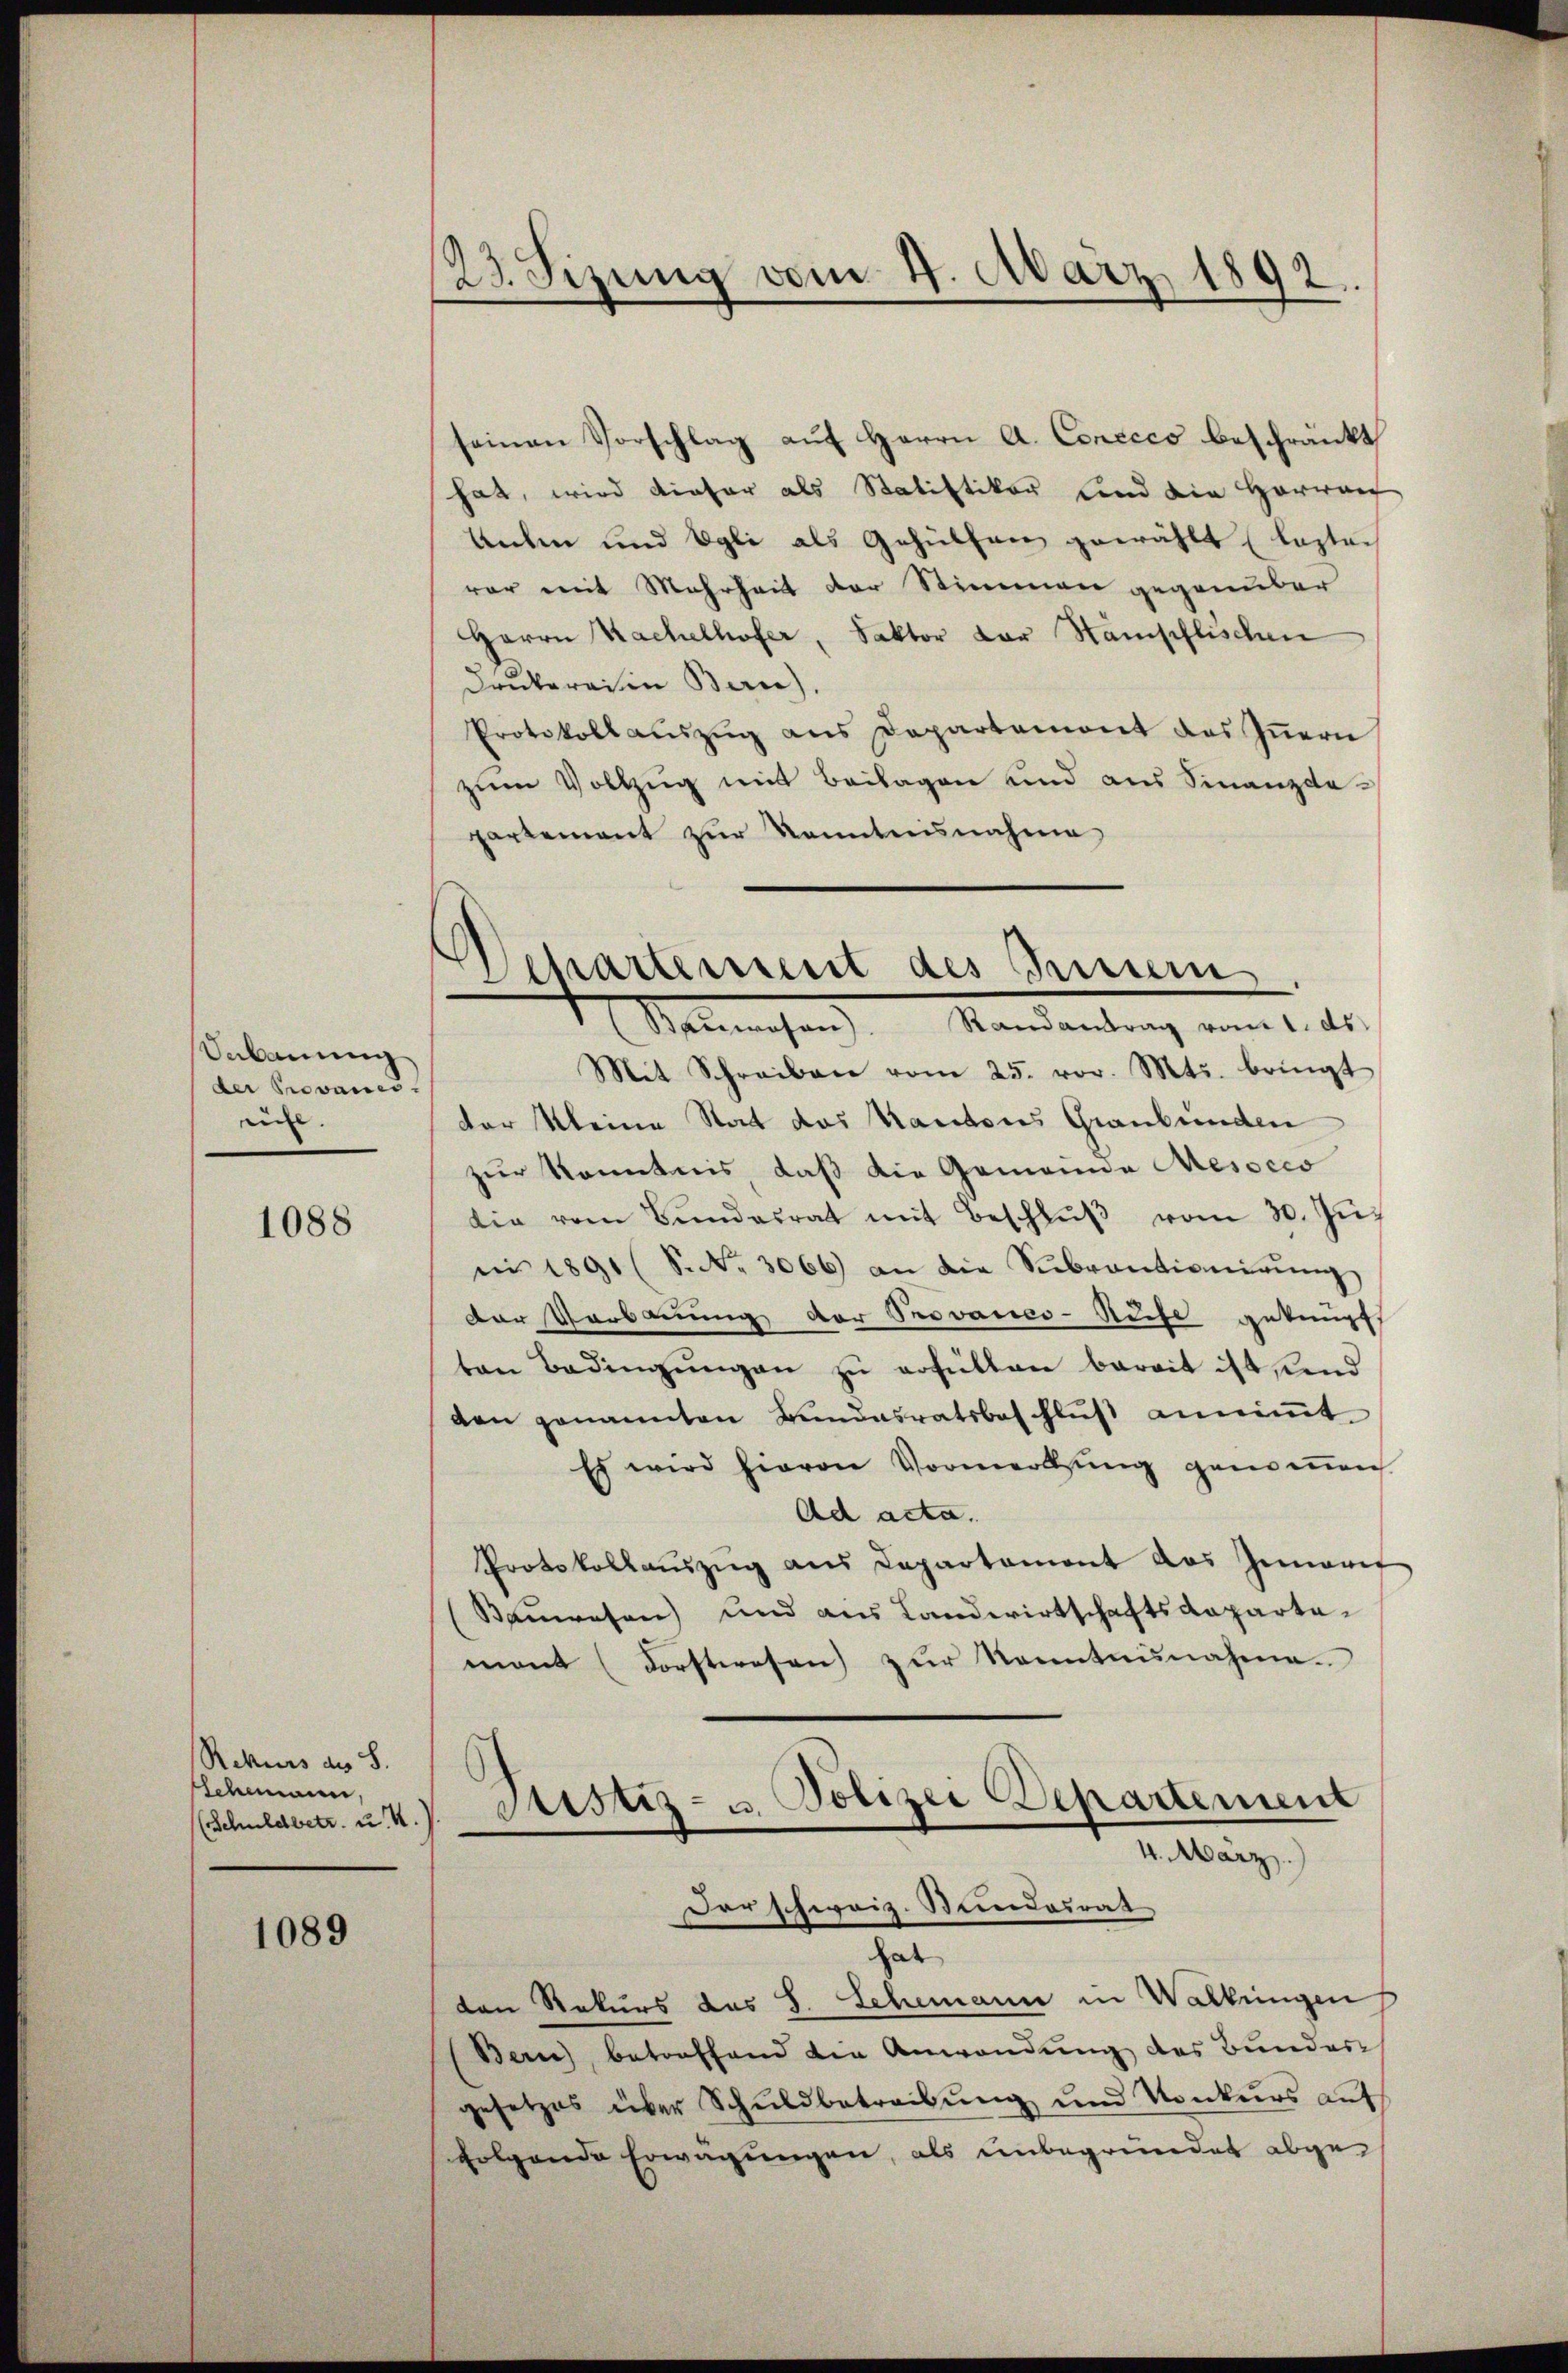
Sabauung
der Provanes.
rüht. |

1088

Rekurs an S.
Eschemann,
((Schuldbetr. u. 4.)

1089

23. Sizung vom 4. März 1892.

seinen Vorschlag auf Herrn A. Conccco beschränkt
hat, wird dieser als Statistiker Land die Horwan
Unten und Egli als Gehülfen gewählt (lasten
rar mit Mehrheit der Stimmen gegenüber
Herrn Kachelhofer, Faktor der Stämpflischen
Drukerei in Bern).
Protokoll aŭszŭg ans Departemont des Iṅern
zum Vollzug mit Beilagen und aus Finanzdepartement zur Kenntnisnahme
Mit Schreiben vom 25. vor. Mts. bringt
der Meine Stat das Kantons Graubünden
zur Kenntnis, daß die Gemeinde Mesocco
die vom Bŭndesrat mit Beschlŭβ vom 30. Jŭ
ni 1891 (S. Nr. 3066) an die Sŭbventionirŭng
der Verbauung der Provanes-Ruche geknüpf
ten Bedingŭngen zu erfüllen bereit ist sind
ven genannten Bundesratsbeschluß annimmt
Es wird hievon Vormerkung genommen
Ad acta.
Protokollaŭszŭg ans Departament das Gemarit
Bauwesen) und aus Landwirtschaftsdepartamant (Forstwesen zŭr Kenntnunahme.

Wehartement des Innern
Malmachen     Mandantrag vom 1. de

Justiz- u. Polizei Departement
4. März)
Der schweiz. Stundesrat

hat
den Rekurs das S. Schemann in Wallingen
Berne betreffend die Anwendung des Bundes
gesetzes über Schuldbetreibung und Konkurs auf
folgende Erwägungen, als unbegründet abge¬